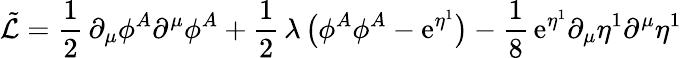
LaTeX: \tilde{\cal L}=\frac{1}{2}\, \partial_{\mu}\phi^{A}\partial^{\mu}\phi^{A}+\frac{1}{2}\, \lambda\, \bigl(\phi^{A}\phi^{A}-\mathrm{e}^{\eta^{1}}\bigr)-\frac{1}{8}\, \mathrm{e}^{\eta^{1}}\partial_{\mu}\eta^{1}\partial^{\mu}\eta^{1}